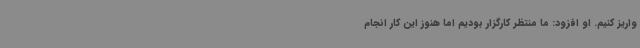
واریز کنیم. او افزود: ما منتظر کارگزار بودیم اما هنوز این کار انجام